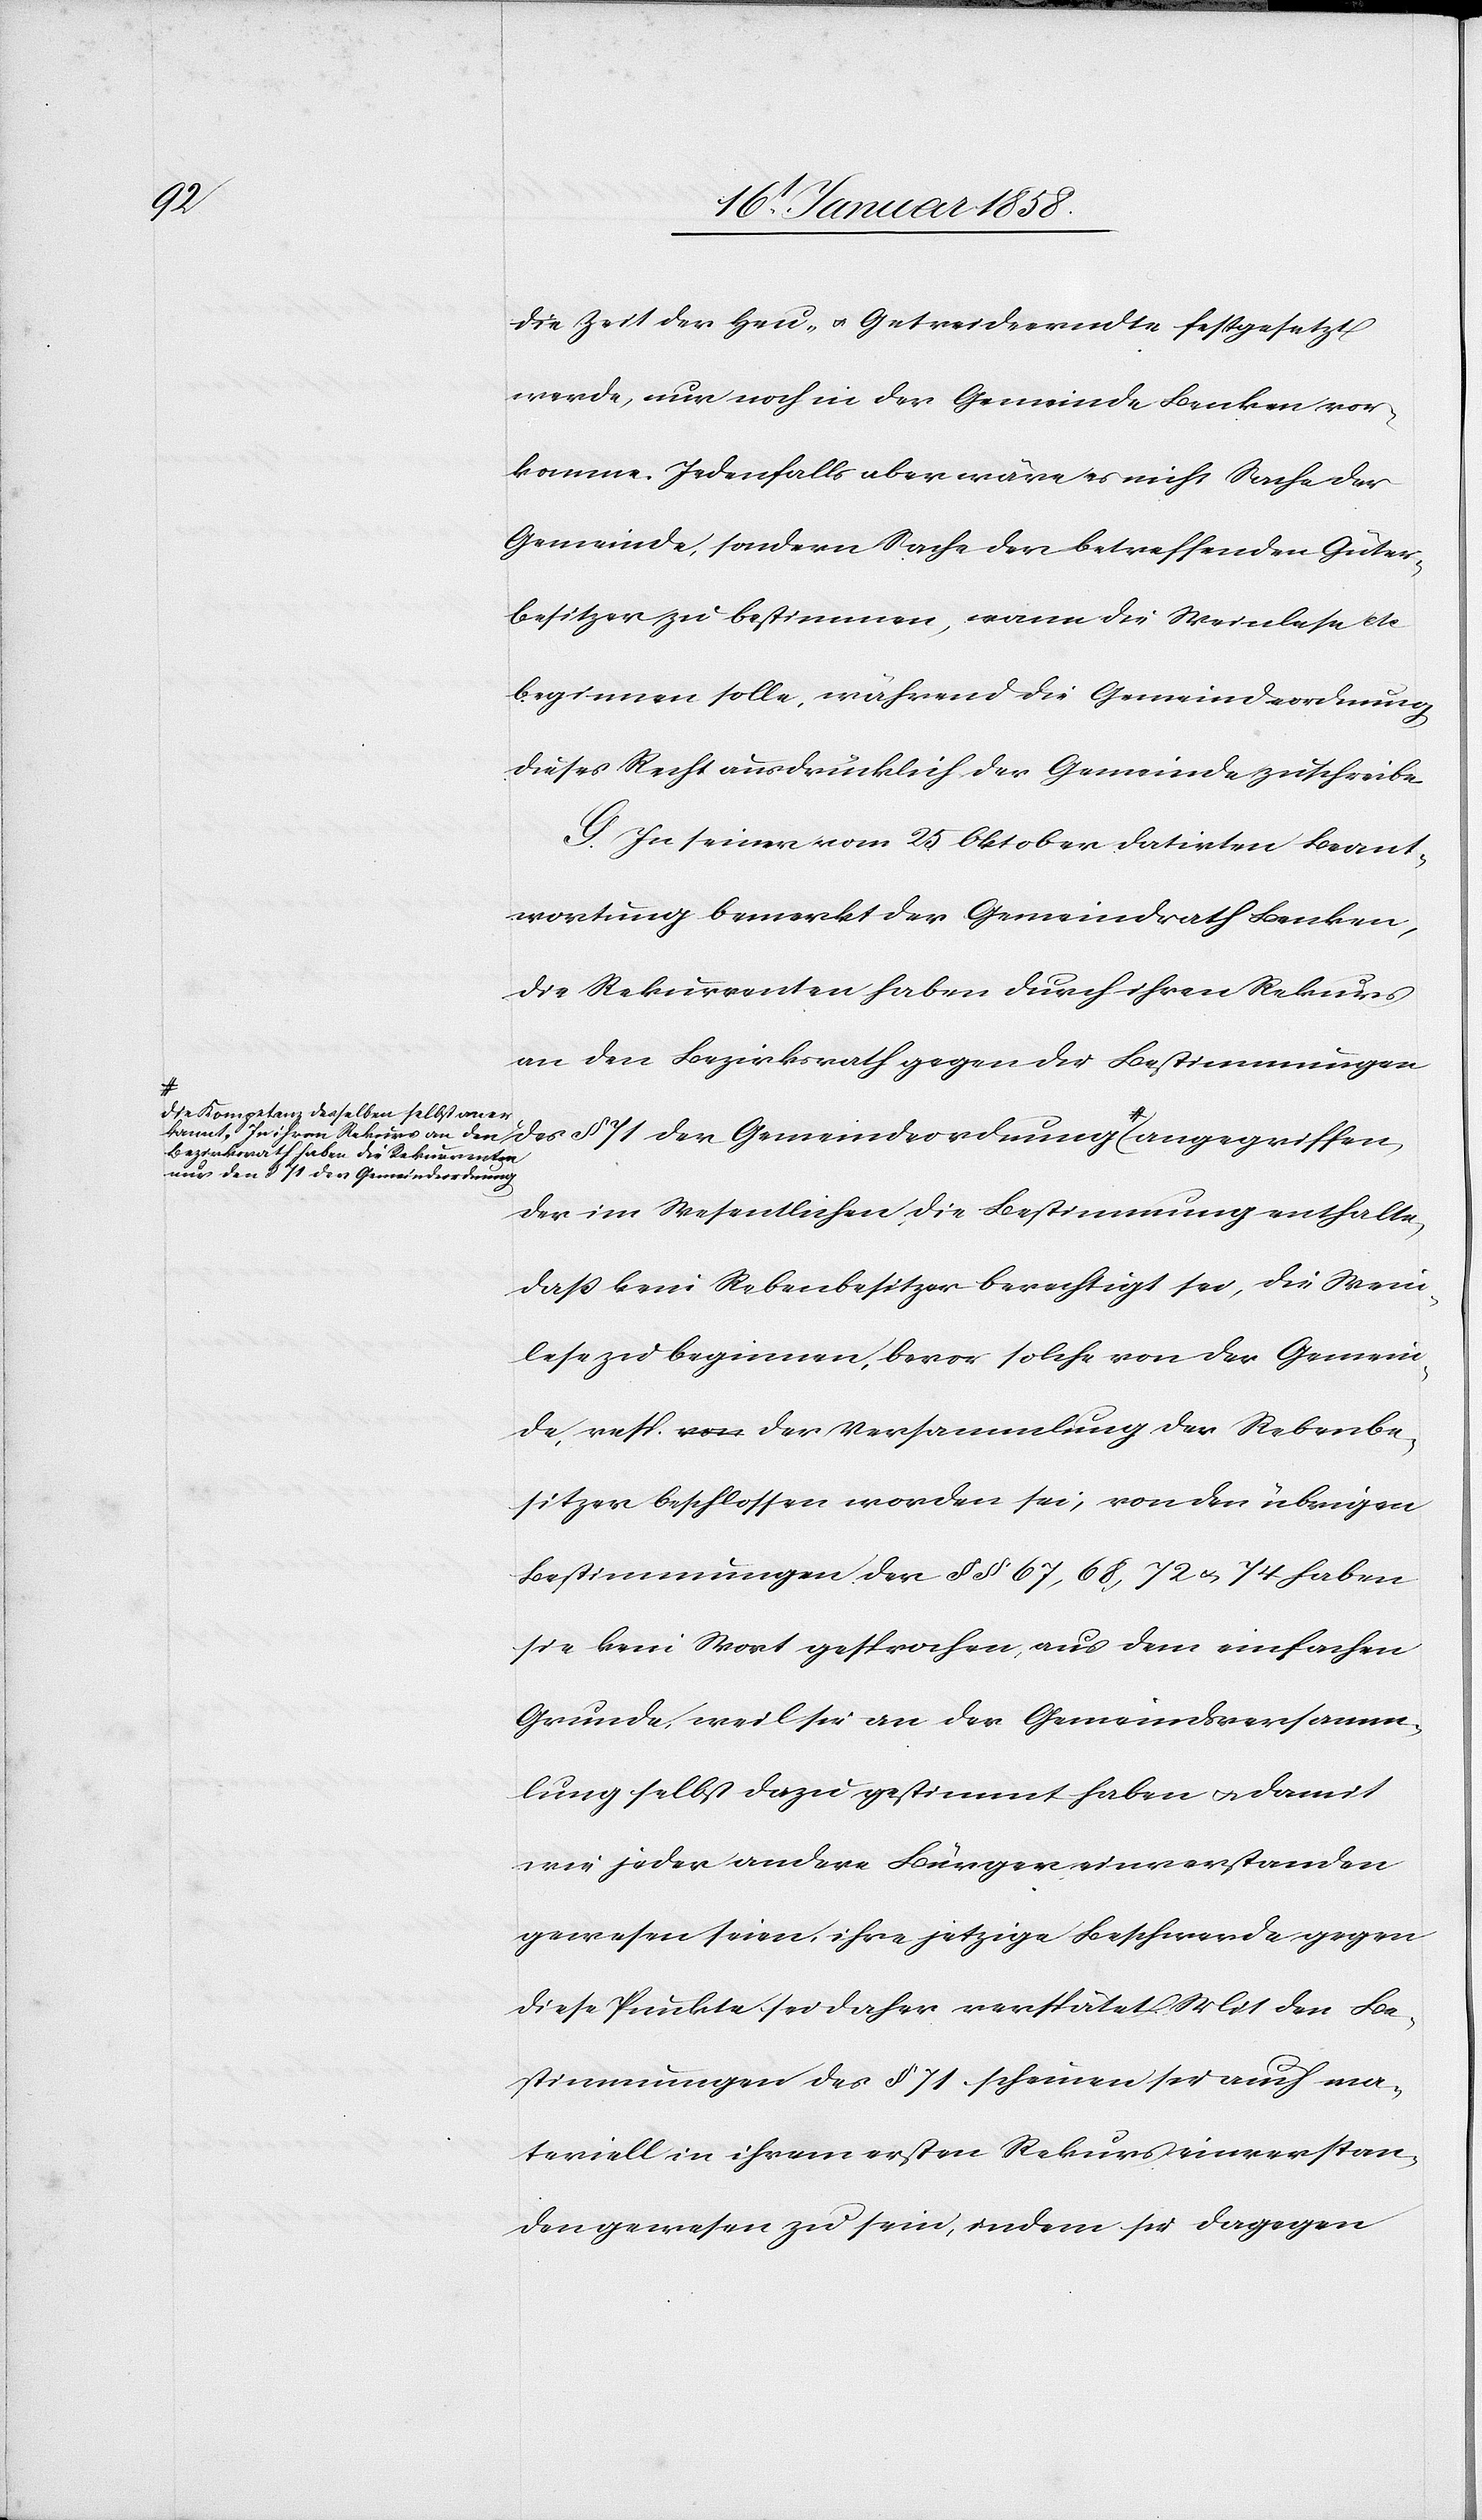
a-die Kompetenz desselben selbst aner¬
kannt. In ihrem Rekurs an den
Bezirksrath haben die Rekurrenten
des § 71 der Gemeindeordnung

die Zeit der Heu- u. Getreideerndte festgesetzt
werde, nur noch in der Gemeinde Benken vor¬
komme. Jedenfalls aber wäre es nicht Sache der
Gemeinde, sondern Sache der betreffenden Güter¬
besitzer zu bestimmen, wann die Weinlese etc
beginnen solle, während die Gemeindeordnung
dieses Recht ausdrücklich der Gemeinde zuschreibe.
G. In seiner vom 25 Oktober datirten Beant¬
wortung bemerkt der Gemeindrath Benken,
die Rekurrenten haben durch ihren Rekurs
an den Bezirksrath gegen die Bestimmungen
den § 71 der Gemeindeordnung-a angegriffen,
der im Wesentlichen die Bestimmung enthalte,
daß kein Rebenbesitzer berechtigt sei, die Wein¬
lese zu beginnen, bevor solche von der Gemein¬
de, resp. der Versammlung der Rebenbe¬
sitzer beschlossen worden sei, von den übrigen
Bestimmungen der §§ 67, 68, 72 u. 74 haben
sie kein Wort gesprochen, aus dem einfachen
Grunde, weil sie an der Gemeindsversamm¬
lung selbst dazu gestimmt haben u. damit
wie jeder andere Bürger einverstanden
gewesen seien, ihre jetzige Beschwerde gegen
diese Punkte sei daher verspätet. Mit den Be¬
stimmungen des § 71 scheinen sie auch ma¬
teriell in ihrem ersten Rekurs einverstan¬
den gewesen zu sein, indem sie dagegen